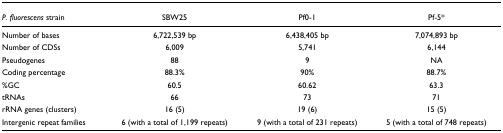
<table><thead><tr><td><b><i>P. fluorescens </i>strain</b></td><td><b>SBW25</b></td><td><b>Pf0-1</b></td><td><b>Pf-5*</b></td></tr></thead><tbody><tr><td>Number of bases</td><td>6,722,539 bp</td><td>6,438,405 bp</td><td>7,074,893 bp</td></tr><tr><td>Number of CDSs</td><td>6,009</td><td>5,741</td><td>6,144</td></tr><tr><td>Pseudogenes</td><td>88</td><td>9</td><td>NA</td></tr><tr><td>Coding percentage</td><td>88.3%</td><td>90%</td><td>88.7%</td></tr><tr><td>%GC</td><td>60.5</td><td>60.62</td><td>63.3</td></tr><tr><td>tRNAs</td><td>66</td><td>73</td><td>71</td></tr><tr><td>rRNA genes (clusters)</td><td>16 (5)</td><td>19 (6)</td><td>15 (5)</td></tr><tr><td>Intergenic repeat families</td><td>6 (with a total of 1,199 repeats)</td><td>9 (with a total of 231 repeats)</td><td>5 (with a total of 748 repeats)</td></tr></tbody></table>